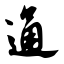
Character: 通